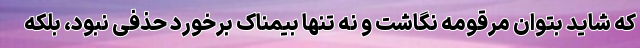
که شاید بتوان مرقومه نگاشت و نه تنها بیمناک برخورد حذفی نبود، بلکه